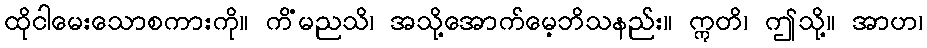
ထိုငါမေးသောစကားကို။ ကိံမညသိ၊ အသို့အောက်မေ့ဘိသနည်း။ ဣတိ၊ ဤသို့။ အာဟ၊